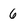
Character: 6